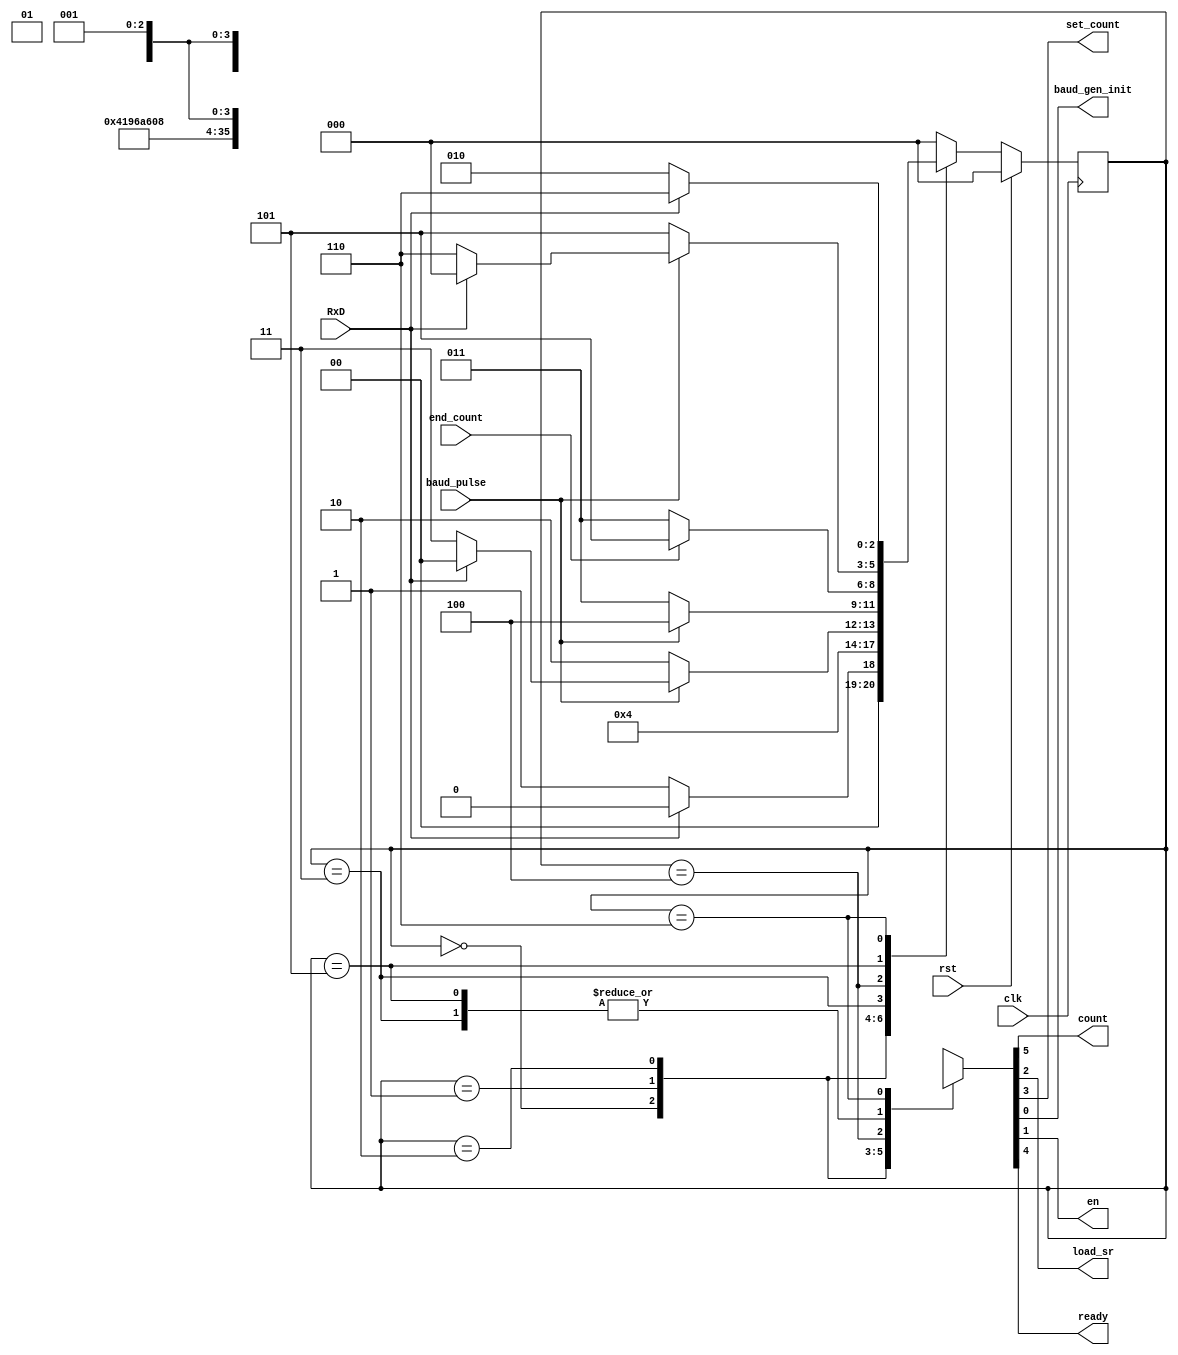
`timescale 1ns / 1ps
//////////////////////////////////////////////////////////////////////////////////
// Company: 
//
// Design Name:      
// Module Name:    receiver_fsm 
// Project Name:   
// Target Devices: 
// Tool versions: 
// Description:      UART Receiver FSM
//
// Dependencies: 
//
// Revision: 
// Revision 0.01 - File Created
// Additional Comments: 
//
//////////////////////////////////////////////////////////////////////////////////
module receiver_fsm(clk, rst, RxD, baud_pulse, end_count, 
                            count, load_sr, set_count, baud_gen_init, en, ready);
                            
    parameter IDLE=0, INIT=1, CHECK_START=2, WAIT_BIT=3, GET_BIT=4, WAIT_STOP=5, ERROR=6;
    // Input Ports
    input clk;
    input rst;
    input RxD;
    input baud_pulse;
    input end_count;

    // Output Ports
    output reg count;
    output reg load_sr;
    output reg set_count;
    output reg baud_gen_init;
    output reg en;
    output reg ready;

    // regs

    reg [2:0] cs, ns;

    // Current state refresh
    always @(posedge clk)
        if (rst) 
            cs <= IDLE;
        else
            cs <= ns;

    // Next State Logic
    always @(cs, RxD, baud_pulse, end_count)
        case (cs)
            IDLE        : ns = (~RxD) ? INIT : IDLE;
            
            INIT        : ns = CHECK_START;
            
            CHECK_START : ns = (baud_pulse) ? ((~RxD) ? WAIT_BIT : IDLE) : CHECK_START;
            
            WAIT_BIT    : ns = (baud_pulse) ? GET_BIT : WAIT_BIT;
                
            GET_BIT     : ns = (end_count) ? WAIT_STOP : WAIT_BIT;
            
            WAIT_STOP   : ns = (baud_pulse) ? (RxD ? IDLE : ERROR) : WAIT_STOP;
            
            ERROR       : ns = (~RxD) ? CHECK_START : ERROR;
            
            default     : ns = IDLE;
            
        endcase

    // Moore Output 

    always @(cs)
        case (cs)
            IDLE        : {count, ready, set_count, load_sr, en, baud_gen_init} = 6'b010000;
            
            INIT        : {count, ready, set_count, load_sr, en, baud_gen_init} = 6'b011001;
            
            CHECK_START : {count, ready, set_count, load_sr, en, baud_gen_init} = 6'b011010;
            
            WAIT_BIT    : {count, ready, set_count, load_sr, en, baud_gen_init} = 6'b000010;
                
            GET_BIT     : {count, ready, set_count, load_sr, en, baud_gen_init} = 6'b100110;
            
            WAIT_STOP   : {count, ready, set_count, load_sr, en, baud_gen_init} = 6'b000010;
            
            ERROR       : {count, ready, set_count, load_sr, en, baud_gen_init} = 6'b00x001;
            
            default     : {count, ready, set_count, load_sr, en, baud_gen_init} = 6'b01x001;
            
        endcase

endmodule